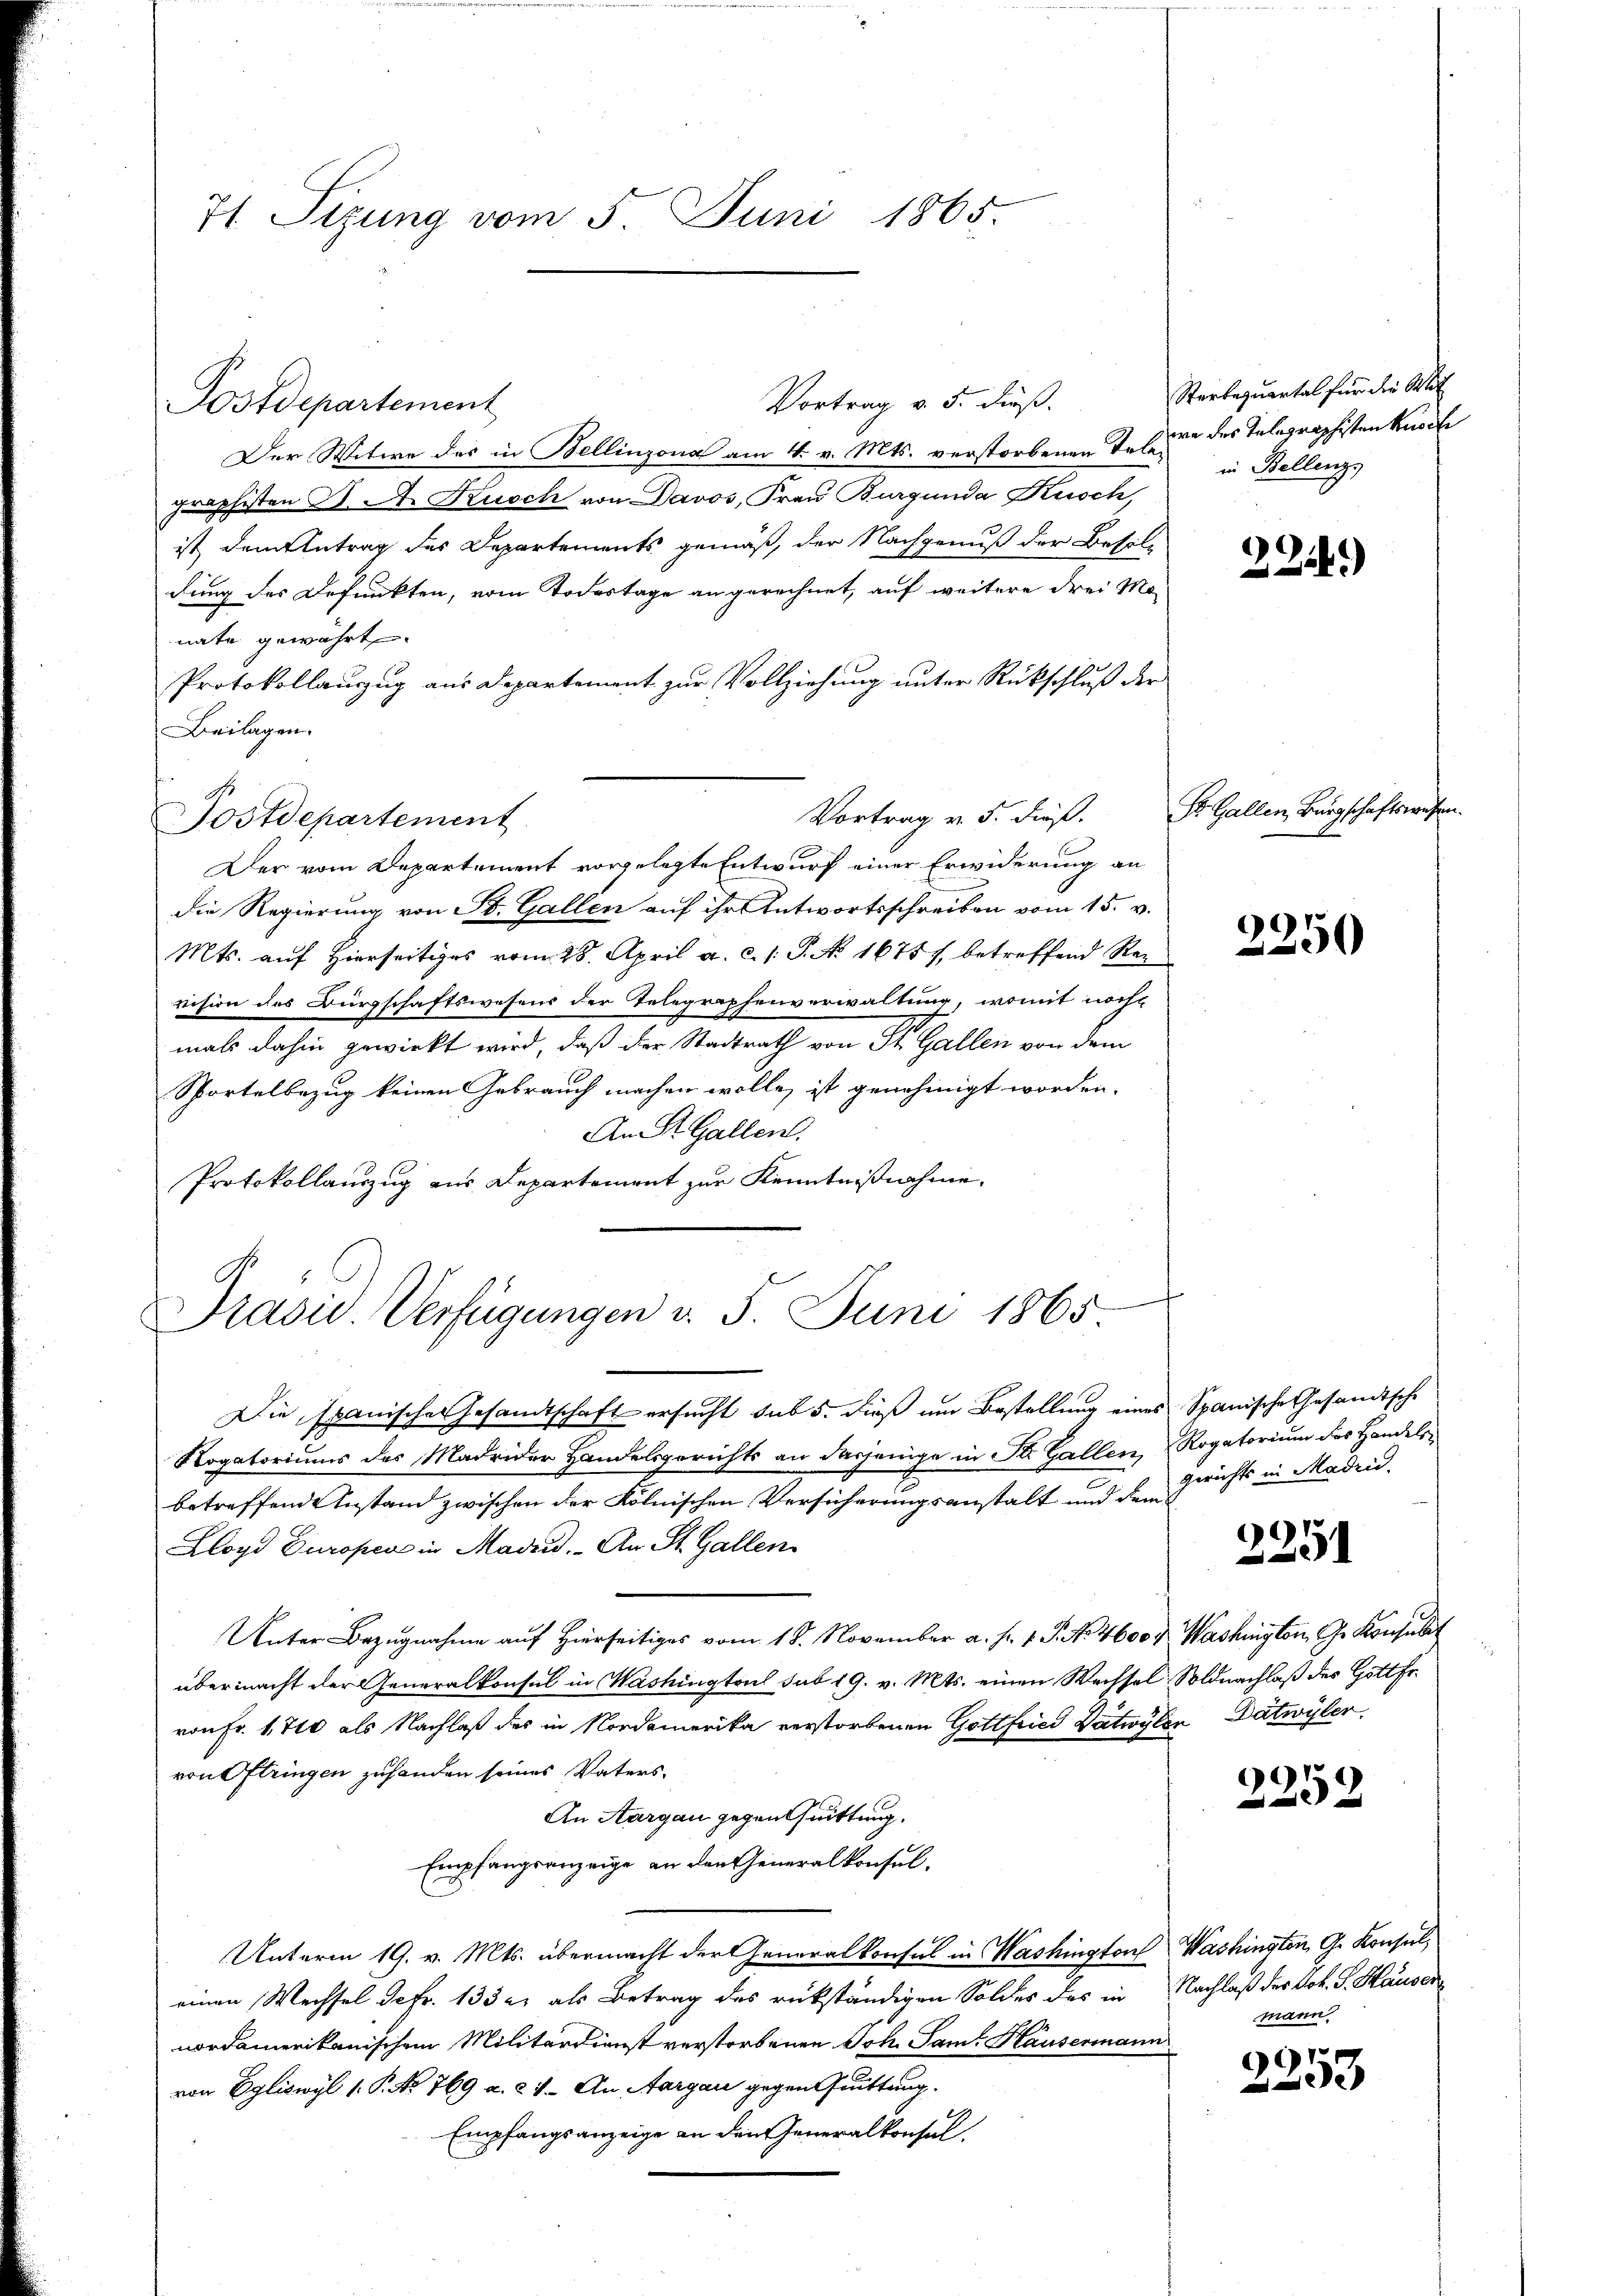
71 Sizung vom 5. Juni 1865.

Postdepartement

Vortrag v. 5. dieß
Der Witwe des in Bellinzona am 4. v. Mts. verstorbenen Tessin des Telegraphistenknoch
graphisten J. A. Kusch von Davos, Frau Burgunda Kusch,
ist dem Antrag des Departements gemäß, der Nachgenuß der Besolu
dung des Defunkten, vom Todestage an gerechnet, auf weitere drei Mo-
nate gewährt.
Protokollanzug aus Departement zur Vollziehung unter Rückschluß der
Beilagen.
Vortrag v. 5. dieß.
Der vom Departement vorgelegte Entwurf einer Erwiderung an
Die Regierung von St. Gallen auf ihr Antwortsschreiben vom 15. v.
Mts. auf Hierseitiges vom 28. April a. c. /: P. No 1675 /, betreffend Rei
vision des Bürgschaftswesens der Telegraphenverwaltung, womit noch
mals dahin gewirkt wird, daß der Stadtrath von St. Gallen von dem
Sportelbezug keinen Gebrauch machen wolle, ist genehmigt worden.
An St. Gallen.
Protokollauszug aus Departement zur Kenntnißnahme,

Postdepartement

Pradic. Verfügungen d. 5. Juni 1865

Sterbequartal für die Stat
in Bellenz,

n
Die Spanisches Gesandtschaft ersucht sub 5. dieß um Bestellung eines Spanische Gesandtsche
Nogatoriums des Madrider Handelsgerichts an dasjenige in St. Gallen, Rogatorium des Handelsbetreffende Instand zwischen der Kölnischen Versicherungsanstalt und dem
Lloyd Europen in Madrid. An St. Gallen
Unter Bezugnahme auf Hierseitiges vom 18. November a. f. 1. P. No. 46007. Washington, Ge Konsulat
übermacht der Generalkonsul in Washingtoul sub 19. v. Mts. einen Wechsel, Soldnachlaß des Gottfr.
von Fr. 1710 als Nachlaß des in Nordamerika verstorbenen Gottfried Dätwylen Datwyler,
von Oftringen zuhanden seines Vaters¬
An Aargau gegenthuittung.
Empfangsanzeige an den Generalkonsul¬
Unterm 19. v. Mts. übermacht der Generalkonsul in Washington Washington, G. Konseil,
einen Wechsel de fr. 133 u. als Betrag des rückständigen Soldes des in Nachlaß der Joh. G. Hausen
nordamerikanischem Militärdienst verstorbenen Joh. Sam. Hausermann
von Egliswyl 1. P. No 769 u. 21. An Aargau gegen fruttung
Empfangsanzeige an den Generalkonsul,

224.)

St. Gallen, Bürgschaftswesen

2250

gerichts in Maden.

2251

2252

mann.

1
e